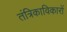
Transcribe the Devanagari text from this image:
तंत्रिकाविकारों